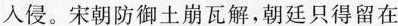
人侵。宋朝防御土崩瓦解，朝廷只得留在